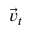
\vec { v } _ { t }